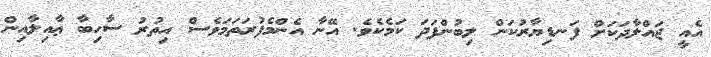
އެއީ ޖައްލާދަކަށް ފަނޑިޔާރުކަން ލިބުންފަދަ ކަމެކެވެ. އޭނާ އެންމެފުރަތަމަވެސް އިތުރު ސާހިބާ ޢާއިލާއިން